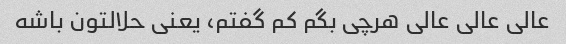
عالی عالی عالی هرچی بگم کم گفتم، یعنی حلالتون باشه